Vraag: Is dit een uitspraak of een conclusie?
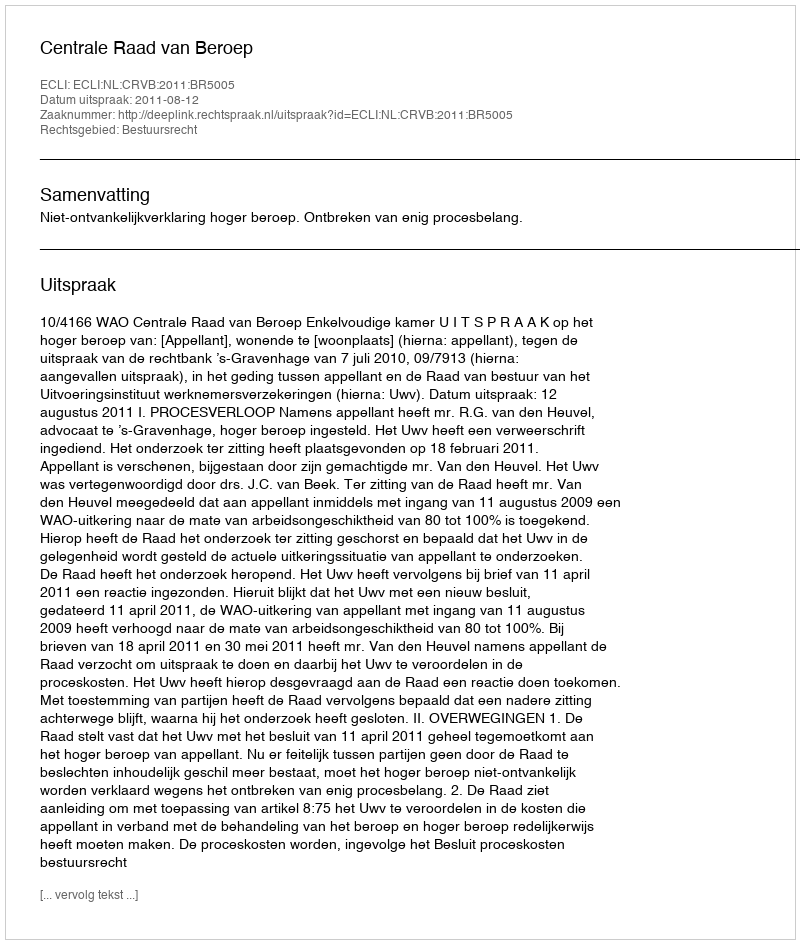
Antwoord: Uitspraak